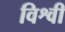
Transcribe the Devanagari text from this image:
विश्वी